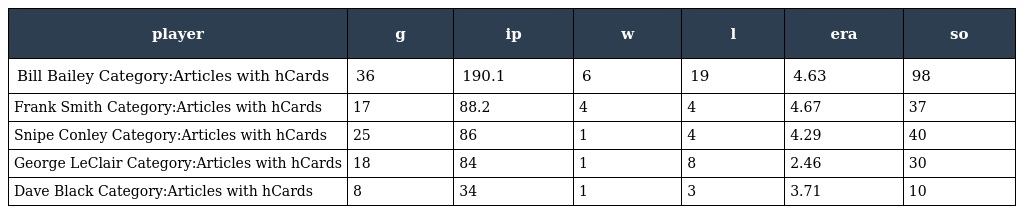
| player | g | ip | w | l | era | so |
 | --- | --- | --- | --- | --- | --- | --- |
 | Bill Bailey Category:Articles with hCards | 36 | 190.1 | 6 | 19 | 4.63 | 98 |
 | Frank Smith Category:Articles with hCards | 17 | 88.2 | 4 | 4 | 4.67 | 37 |
 | Snipe Conley Category:Articles with hCards | 25 | 86 | 1 | 4 | 4.29 | 40 |
 | George LeClair Category:Articles with hCards | 18 | 84 | 1 | 8 | 2.46 | 30 |
 | Dave Black Category:Articles with hCards | 8 | 34 | 1 | 3 | 3.71 | 10 |